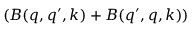
( B ( q , q ^ { \prime } , k ) + B ( q ^ { \prime } , q , k ) )